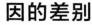
因的差别